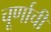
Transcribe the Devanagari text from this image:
चूर्णाची